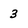
Character: 3